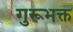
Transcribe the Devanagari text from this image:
गुरूभक्त